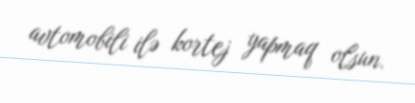
avtomobili ilə kortej yapmaq olsun.